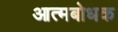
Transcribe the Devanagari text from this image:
आत्मबोधक